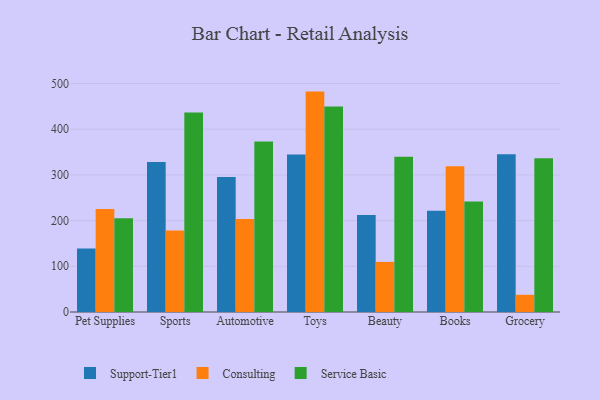
{"axis": {"x": "Category", "y": "Headcount"}, "legend": ["Consulting", "Service Basic", "Support-Tier1"], "data": [{"x": "Pet Supplies", "y": 138.9, "type": "Support-Tier1"}, {"x": "Pet Supplies", "y": 225.1, "type": "Consulting"}, {"x": "Pet Supplies", "y": 204.9, "type": "Service Basic"}, {"x": "Sports", "y": 328.1, "type": "Support-Tier1"}, {"x": "Sports", "y": 178.1, "type": "Consulting"}, {"x": "Sports", "y": 436.4, "type": "Service Basic"}, {"x": "Automotive", "y": 295.1, "type": "Support-Tier1"}, {"x": "Automotive", "y": 203.2, "type": "Consulting"}, {"x": "Automotive", "y": 373.2, "type": "Service Basic"}, {"x": "Toys", "y": 344.7, "type": "Support-Tier1"}, {"x": "Toys", "y": 482.2, "type": "Consulting"}, {"x": "Toys", "y": 449.6, "type": "Service Basic"}, {"x": "Beauty", "y": 212.3, "type": "Support-Tier1"}, {"x": "Beauty", "y": 109.6, "type": "Consulting"}, {"x": "Beauty", "y": 339.4, "type": "Service Basic"}, {"x": "Books", "y": 221.6, "type": "Support-Tier1"}, {"x": "Books", "y": 319.1, "type": "Consulting"}, {"x": "Books", "y": 241.6, "type": "Service Basic"}, {"x": "Grocery", "y": 345.4, "type": "Support-Tier1"}, {"x": "Grocery", "y": 37.6, "type": "Consulting"}, {"x": "Grocery", "y": 336.4, "type": "Service Basic"}]}